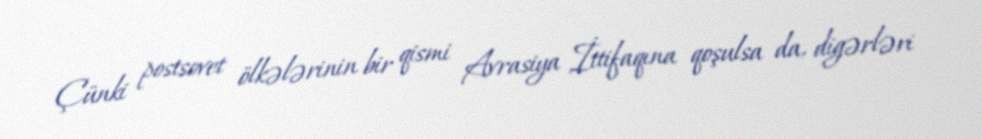
Çünki postsovet ölkələrinin bir qismi Avrasiya İttifaqına qoşulsa da, digərləri